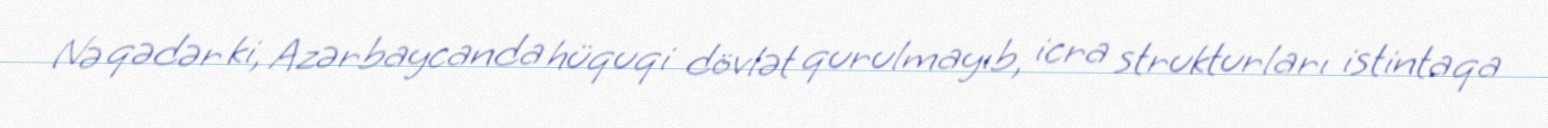
Nə qədər ki, Azərbaycanda hüquqi dövlət qurulmayıb, icra strukturları istintaqa